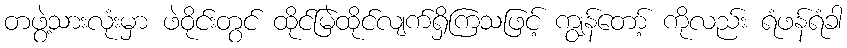
တဖွဲ့သားလုံးမှာ ဖဲဝိုင်းတွင် ထိုင်မြဲထိုင်လျက်ရှိကြသဖြင့် ကျွန်တော့် ကိုလည်း ရံဖန်ရံခါ